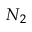
N _ { 2 }